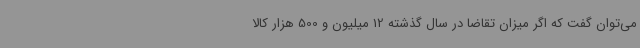
می‌توان گفت که اگر میزان تقاضا در سال گذشته 12 میلیون و 500 هزار کالا